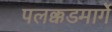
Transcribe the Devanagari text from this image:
पलक्कडमार्गे